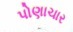
પોણાચાર